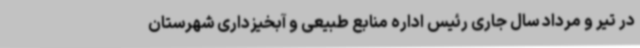
در تیر و مرداد سال جاری رئیس اداره منابع طبیعی و آبخیزداری شهرستان